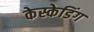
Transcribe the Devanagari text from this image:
केस्केडिंग